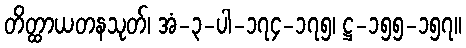
တိတ္ထာယတနသုတ်၊ အံ-၃-ပါ-၁၇၄-၁၇၅၊ ဋ္ဌ-၁၅၅-၁၅၇။